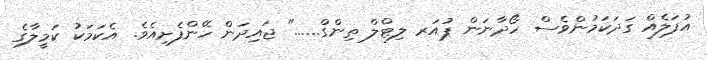
އުފަލެއް ގަދަކަމުންވެސް ހޯދާނަން ޕުއަރ ލިޓްލް ތިންގް......" ޖައިދަން ހޭންފެށިއެވެ. އެކަމަކު ކަމީލާގެ